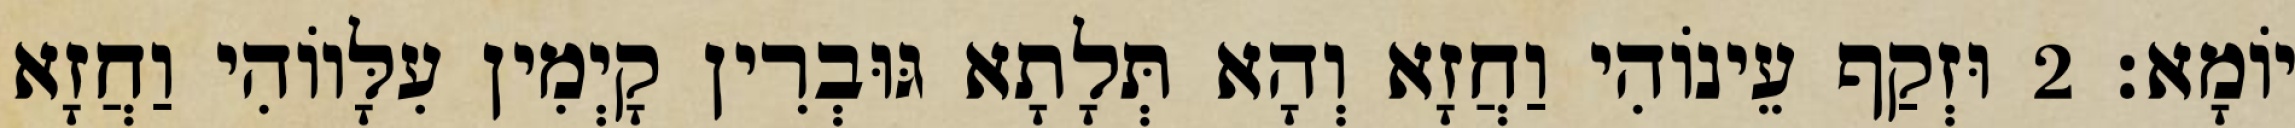
יוֹמָא׃ 2 וּזְקַף עֵינוֹהִי וַחֲזָא וְהָא תְּלָתָא גּוּבְרִין קָיְמִין עִלָּווֹהִי וַחֲזָא